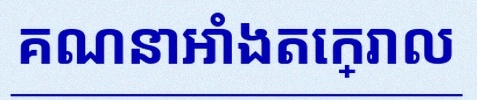
គណនាអាំងតេក្រាល